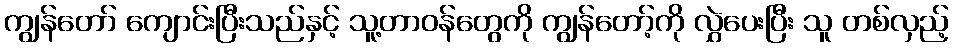
ကျွန်တော် ကျောင်းပြီးသည်နှင့် သူ့တာဝန်တွေကို ကျွန်တော့်ကို လွှဲပေးပြီး သူ တစ်လှည့်